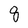
Character: 8